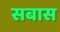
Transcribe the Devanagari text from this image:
सबास